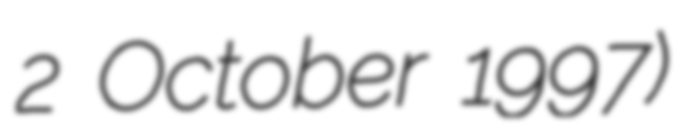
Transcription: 2 October 1997)